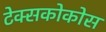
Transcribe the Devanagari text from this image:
टेक्सकोकोस